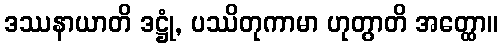
ဒဿနာယာတိ ဒဋ္ဌုံ, ပဿိတုကာမာ ဟုတွာတိ အတ္ထော။